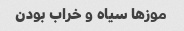
موز‌ها سیاه و خراب بودن